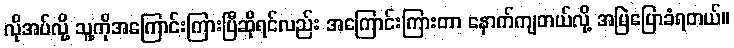
လိုအပ်လို့ သူ့ကိုအကြောင်းကြားပြီဆိုရင်လည်း အကြောင်းကြားတာ နောက်ကျတယ်လို့ အမြဲပြောခံရတယ်။